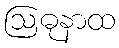
ဩဓုနာထ